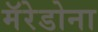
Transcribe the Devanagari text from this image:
मॅरेडोना